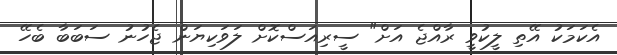
އެކަމަކު އޭތި ލީކުވީ ރާއްޖެ އަށް" ސީރިއަސްކޮށް ލަވަކިޔަން ޖެހުނު ސަބަބާ ބެހޭ